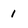
Character: 1